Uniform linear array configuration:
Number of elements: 24
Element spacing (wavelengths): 0.5
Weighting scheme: cosine
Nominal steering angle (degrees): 15
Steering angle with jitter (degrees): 14.319
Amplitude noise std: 0.05
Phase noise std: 0.05

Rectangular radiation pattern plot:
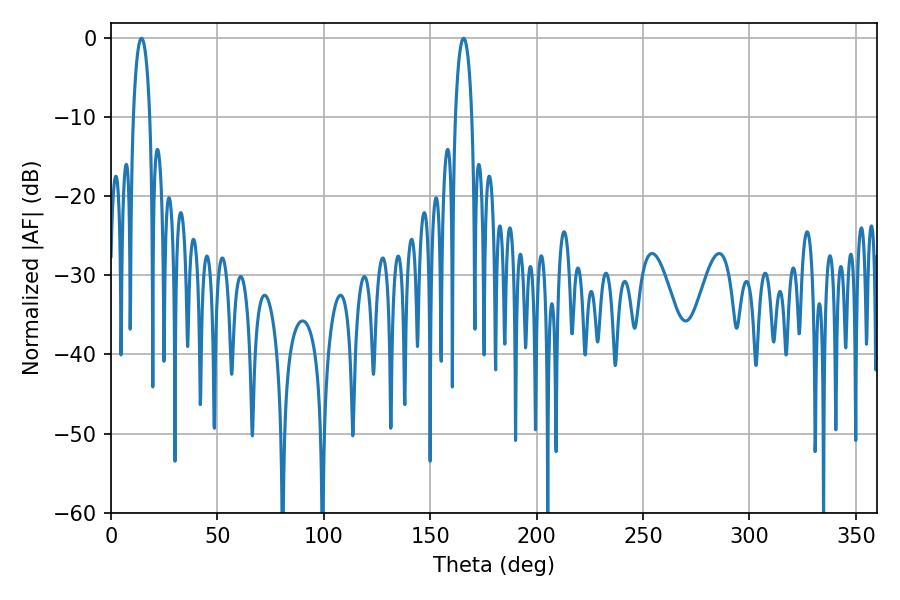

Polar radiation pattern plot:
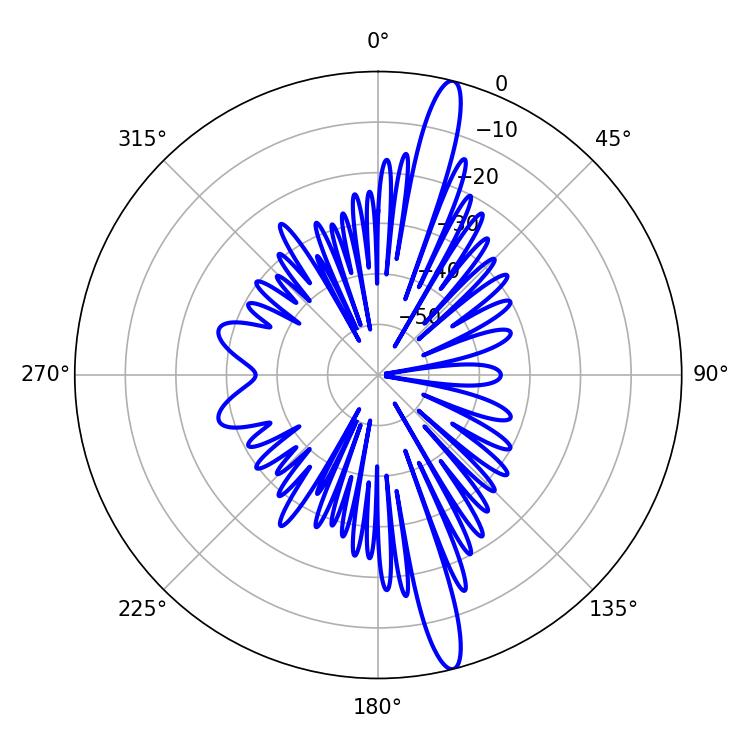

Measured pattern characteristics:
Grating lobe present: FALSE
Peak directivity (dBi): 16.78
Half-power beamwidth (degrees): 4.5
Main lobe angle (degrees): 14.4